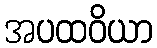
အပထဝိယာ